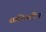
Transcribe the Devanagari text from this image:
सफ़ीउद्दीन